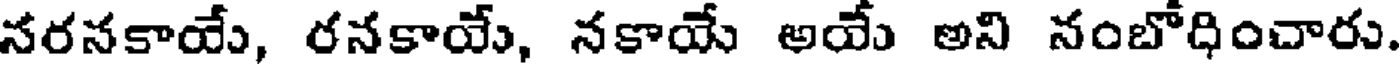
నరనకాయే, రనకాయే, నకాయే అయే అని నంబోధించారు.